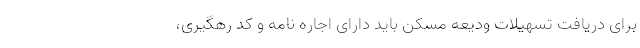
برای دریافت تسهیلات ودیعه مسکن باید دارای اجاره نامه و کد رهگیری،